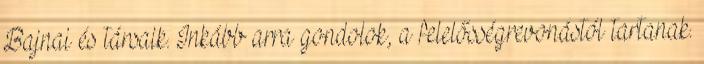
Bajnai és társaik. Inkább arra gondolok, a felelősségrevonástól tartanak.